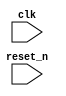
 module nvme_sq (
     input wire clk,
     input wire reset_n
     // Additional input/output ports and signals as required
 );

 // Submission Queue logic goes here

 endmodule